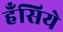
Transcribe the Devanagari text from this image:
हँसिये